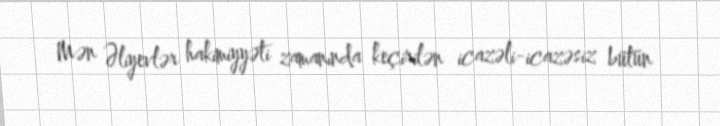
Mən Əliyevlər hakimiyyəti zamanında keçirilən icazəli-icazəsiz bütün